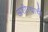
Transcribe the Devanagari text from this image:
अशीत्यांची